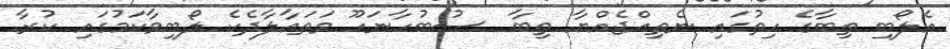
އެލޯބި ތިބާގެ ހިތުގައި ނެތިއްޖެއްޔާ ތިބާ  ސުބުހާނަހޫ ވަތަޢާލާދެކެ ލޯބިވާކަމުގައި ކުރާ